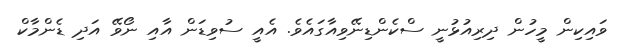
ވައިކިން މީހުން ދިރިއުޅުނީ ސްކެންޑިނޭވިއާގައެވެ. އެއީ ސުވިޑަން އާއި ނޯވޭ އަދި ޑެންމާކް